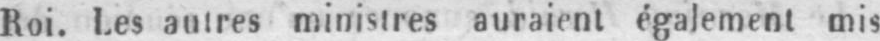
Roi. Les autres ministres auraient également mis